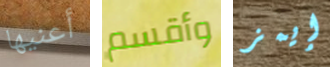
أعنيها وأقسم إيمز